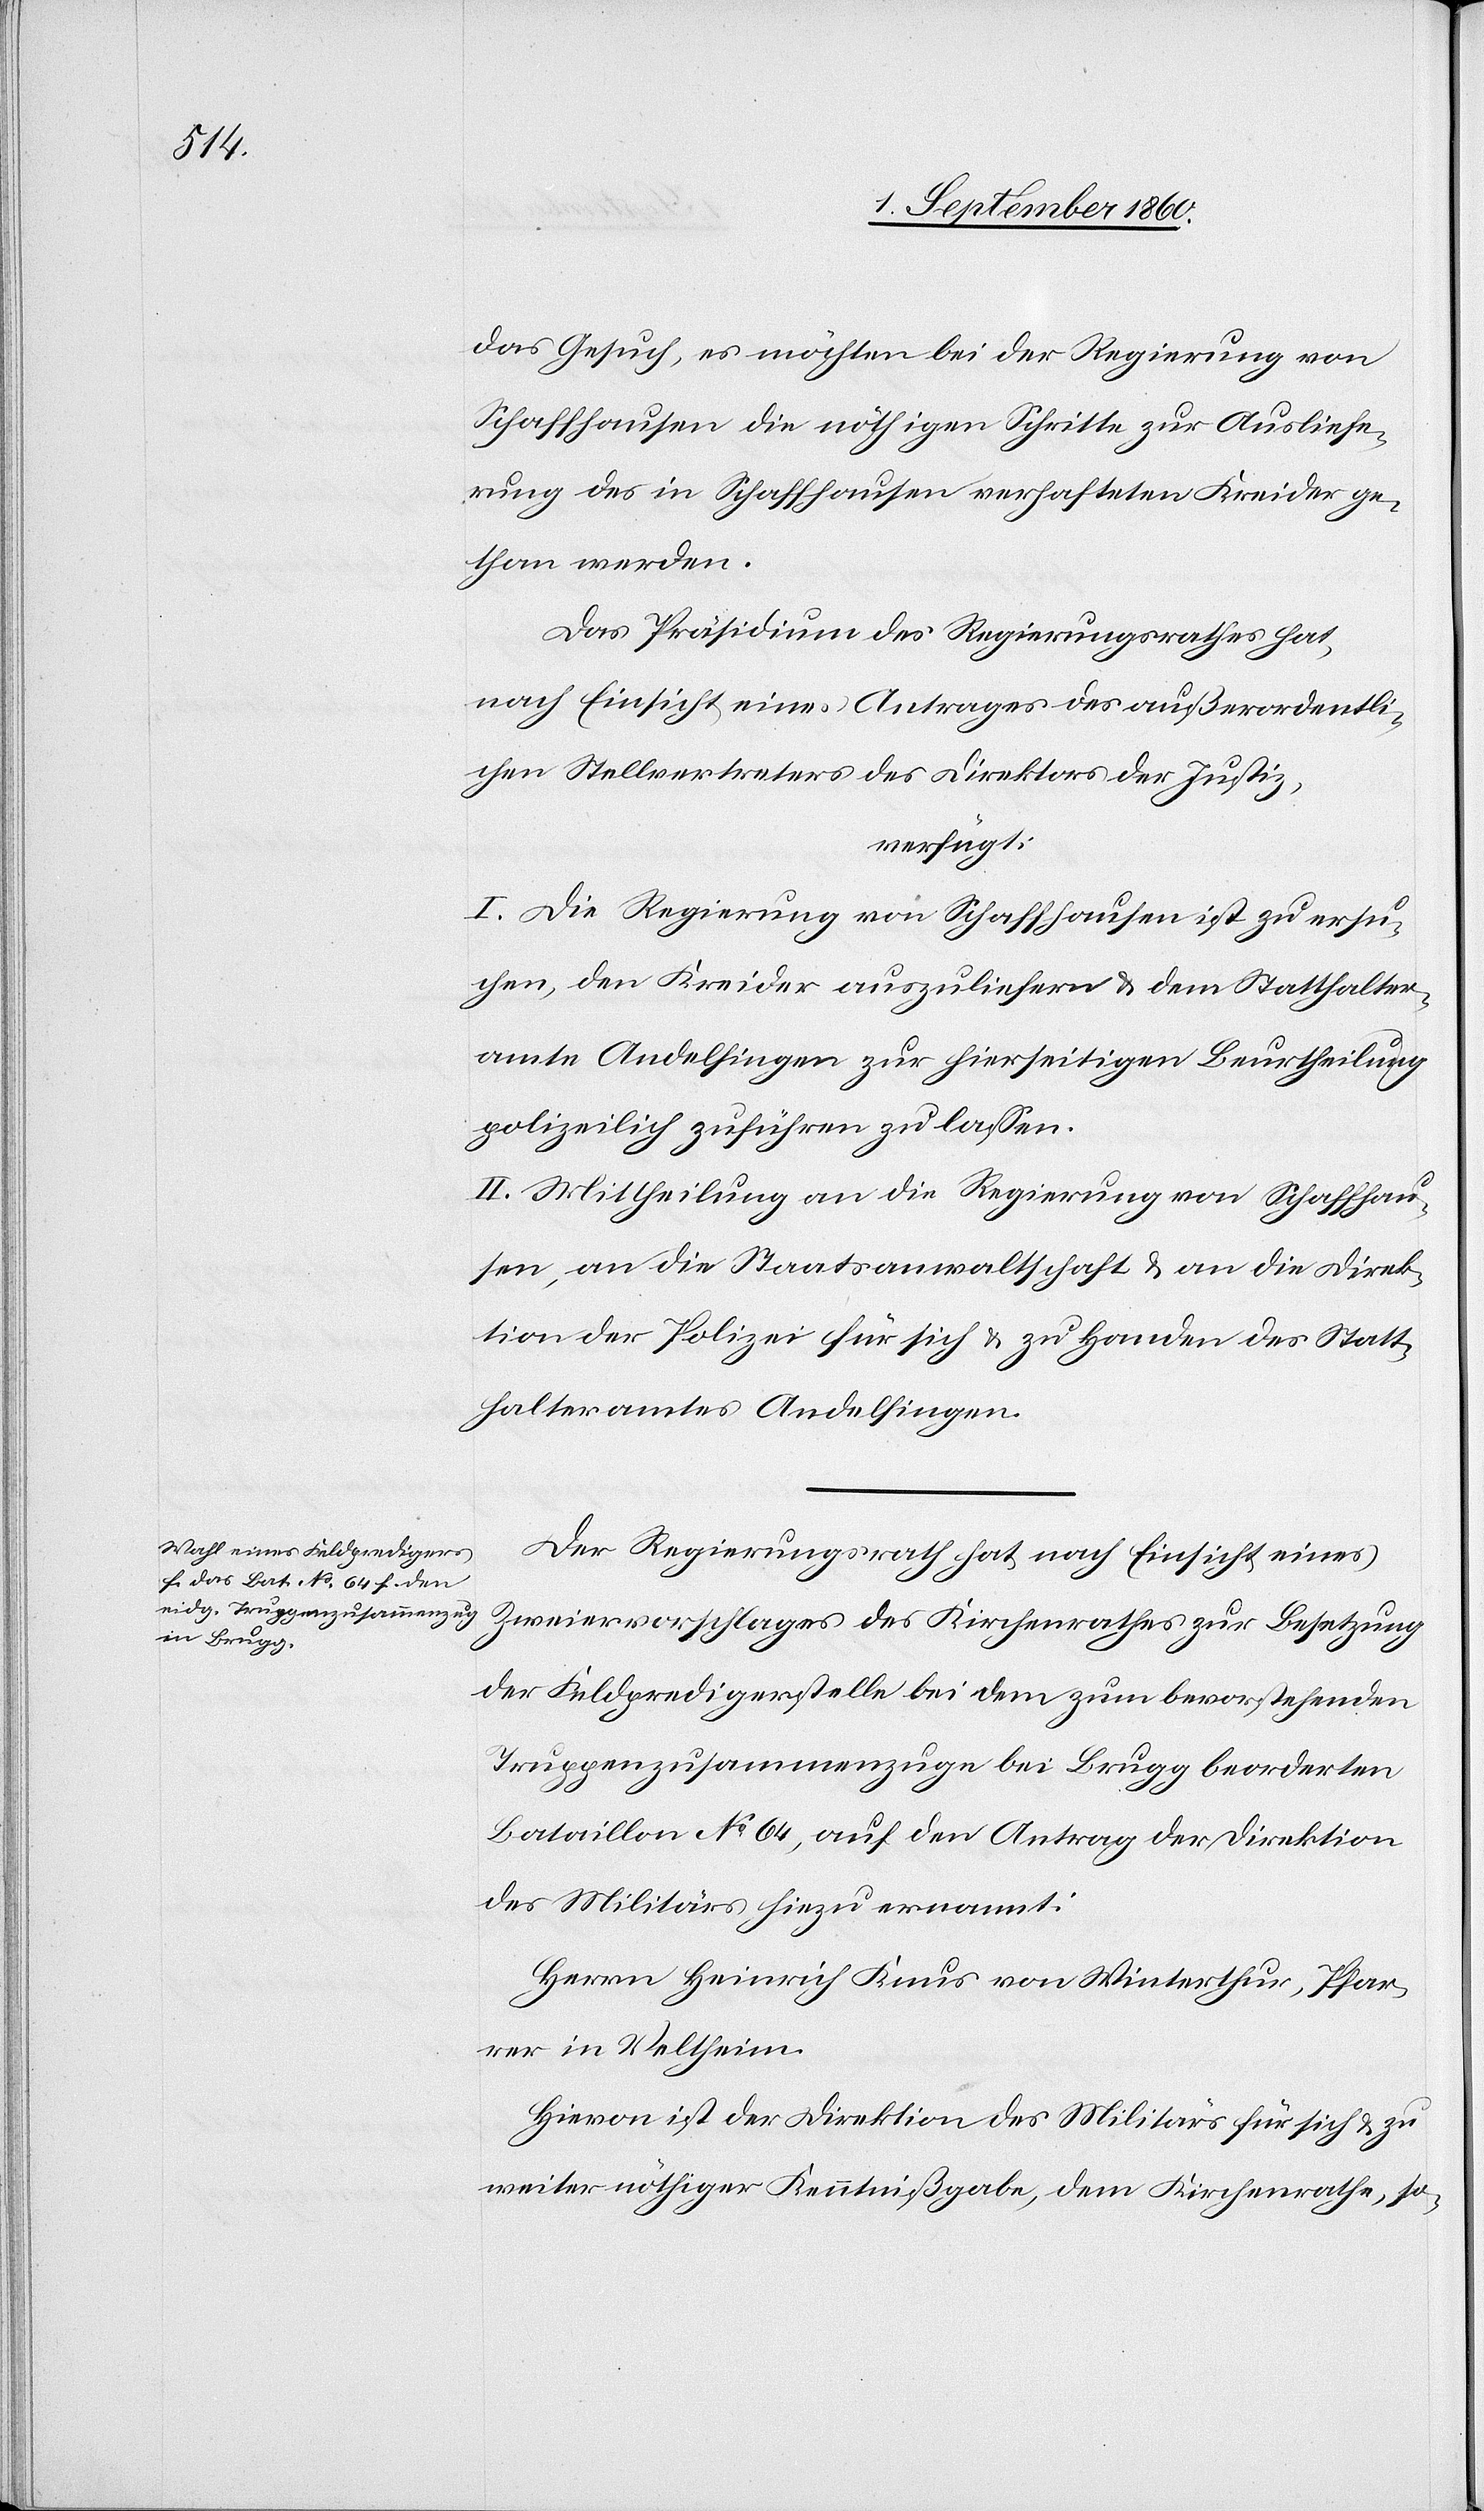
4. September 1860.]
das Gesuch, es möchten bei der Regierung von
Schaffhausen die nöthigen Schritte zur Ausliefe¬
rung des in Schaffhausen verhafteten Kreider ge¬
than werden.
Das Präsidium des Regierungsrathes hat,
nach Einsicht eines Antrages der ausserordentli¬
chen Stellvertreter des Direktors der Justiz,
verfügt:
I. Die Regierung von Schaffhausen ist zu ersu¬
chen, den Kreider auszuliefern u. dem Statthalter¬
amte Andelfingen zur hierseitigen Beurtheilung
polizeilich zu führen zu lassen.
II. Mittheilung a) an die Regierung von Schaffhau¬
sen; b) an die Staatsanwaltschaft, c) an die Direk¬
tion der Polizei für sich u. zu Handen des Statt¬
halteramtes Andelfingen.
Der Regierungsrath hat, nach Einsicht eines
Zweiervorschlages des Kirchenrathes zur Besetzung
der Feldpredigerstelle bei dem zum bevorstehenden
Truppenzusammenzuge bei Brugg beorderten
Bataillon No 64 auf den Antrag der Direktion
des Militärs hiezu ernannt
Herrn Heinrich Knus von Winterthur, Pfar¬
rer in Veltheim.
Hievon ist der Direktion des Militärs für sich u. zu
weiter nöthiger Kenntnissgabe, dem Kirchenrath, so-